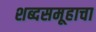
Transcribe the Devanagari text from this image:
शब्दसमूहाचा